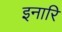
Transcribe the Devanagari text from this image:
इनारि